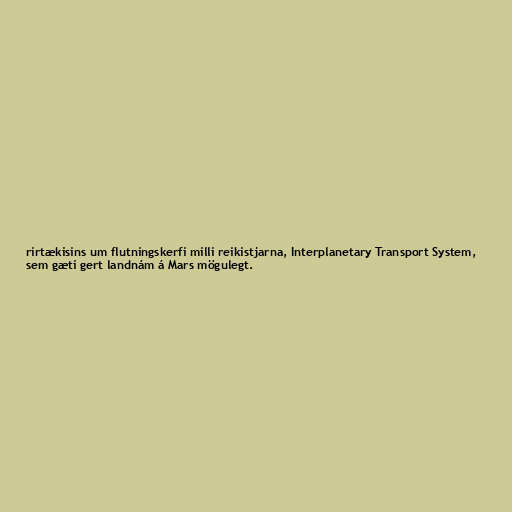
rirtækisins um flutningskerfi milli reikistjarna, Interplanetary Transport System,
sem gæti gert landnám á Mars mögulegt.